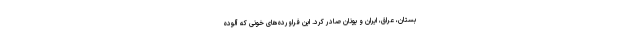
بستان، عراق، ایران و یونان صادر کرد. این فراورده‌های خونی که آلوده